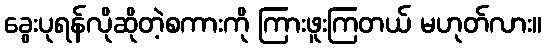
ခွေးပုရန်လိုဆိုတဲ့စကားကို ကြားဖူးကြတယ် မဟုတ်လား။